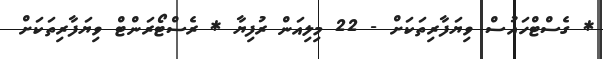
* ގެސްޓްހައުސް ވިޔަފާރިތަކަށް - 22 މިލިއަން ރުފިޔާ * ރެސްޓޯރަންޓް ވިޔަފާރިތަކަށް